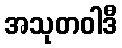
အသုတဝါဒီ